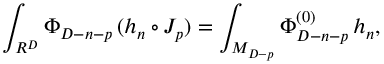
\int _ { R ^ { D } } \Phi _ { D - n - p } \, ( h _ { n } \circ J _ { p } ) = \int _ { M _ { D - p } } \Phi _ { D - n - p } ^ { ( 0 ) } \, h _ { n } ,